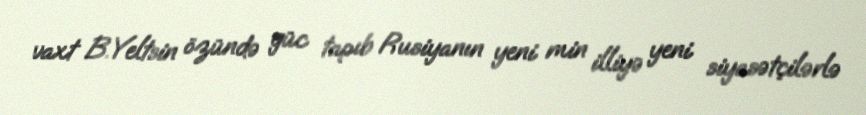
vaxt B.Yeltsin özündə güc tapıb Rusiyanın yeni min illiyə yeni siyasətçilərlə